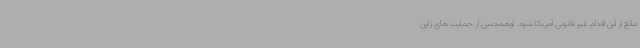
مانع از این اقدام غیر قانونی آمریکا شود. اوهمچنین از حمایت های ژاپن